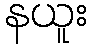
နယူး